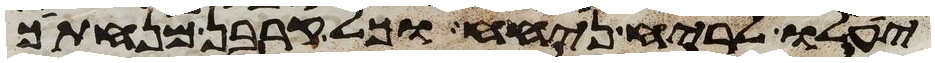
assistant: יעלו לריח ניחח וכל קרבן מנחתך